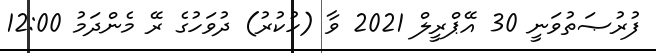
ފުރުޞަތުވަނީ 30 އޭޕްރީލް 2021 ވާ (ހުކުރު) ދުވަހުގެ ރޭ މެންދަމު 12:00